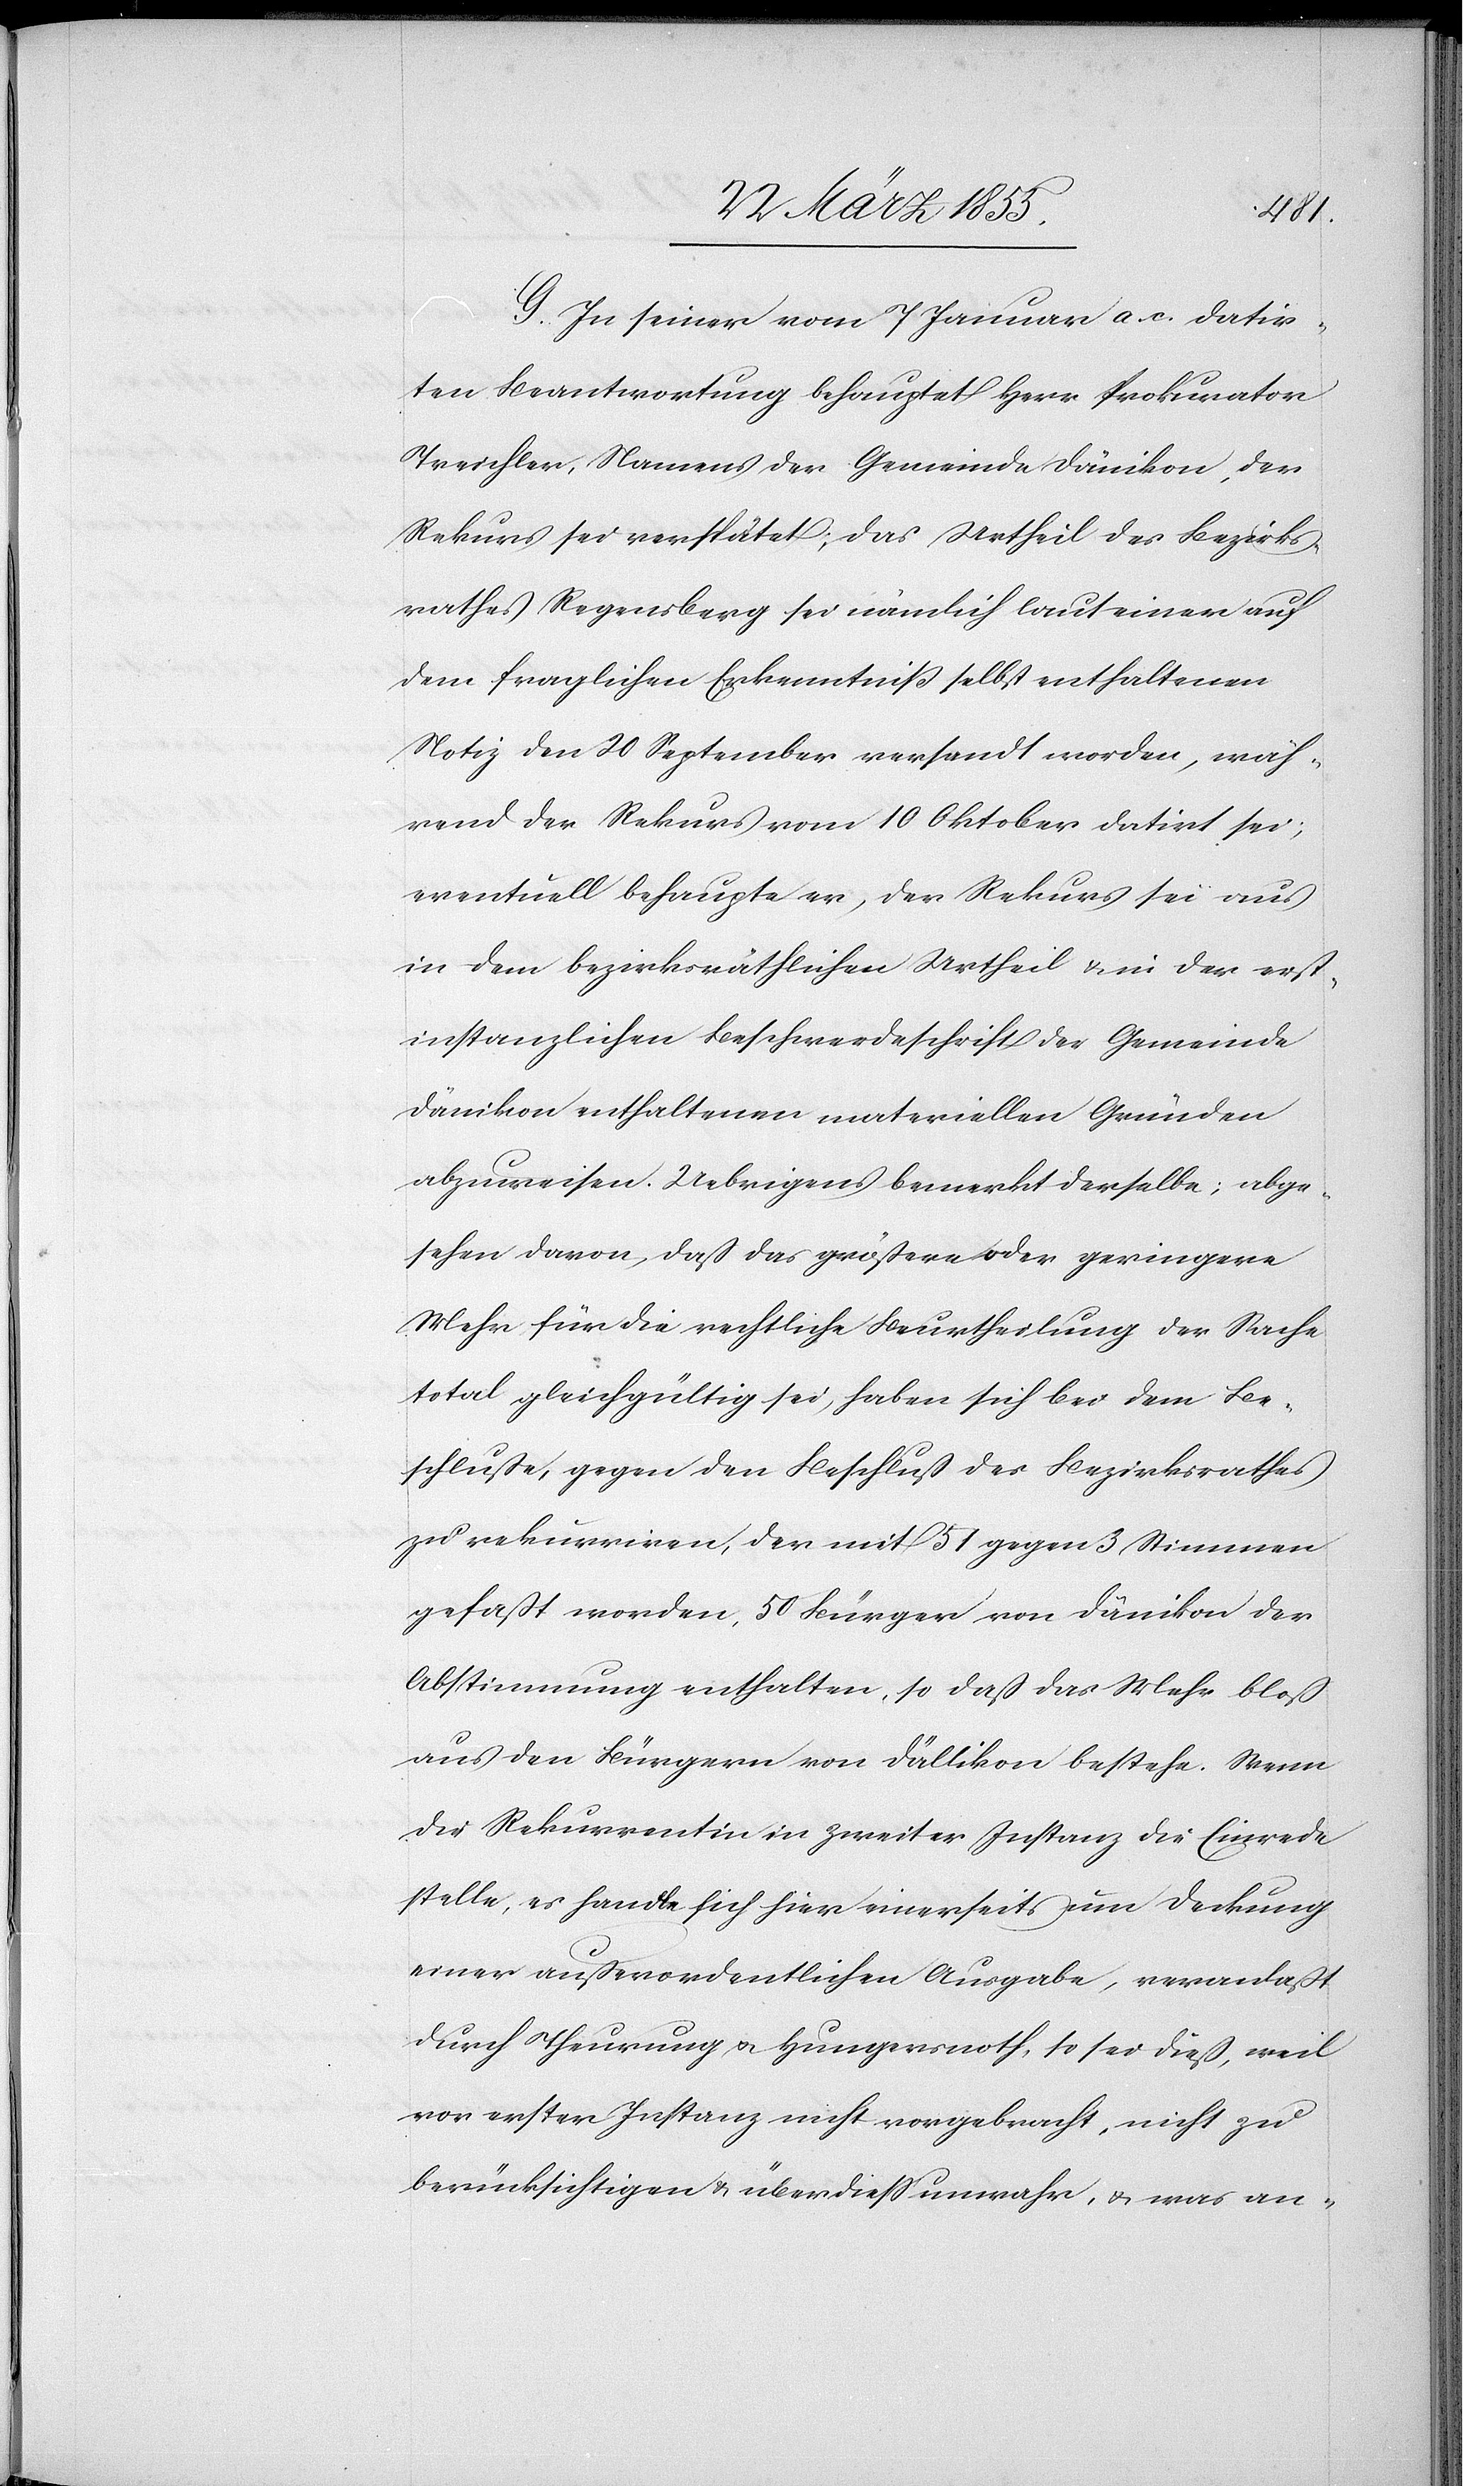
G. In seiner vom 7 Januar a. c. datir¬
ten Beantwortung behauptet Herr Prokurator
Treichler, Namens der Gemeinde Dänikon, der
Rekurs sei verspätet; das Urtheil des Bezirks¬
rathes Regensberg sei nämlich laut einer auf
dem fraglichen Erkenntniß selbst enthaltenen
Notiz den 20 September versandt worden, wäh¬
rend der Rekurs vom 10 Oktober datirt sei;
eventuell behaupte er, der Rekurs sei aus
in dem bezirksräthlichen Urtheil & in der erst¬
instanzlichen Beschwerdeschrift der Gemeinde
Dänikon enthaltenen materiellen Gründen
abzuweisen. Uebrigens bemerkt derselbe; abge¬
sehen davon, daß das größere oder geringere
Mehr für die rechtliche Beurtheilung der Sache
total gleichgültig sei, haben sich bei dem Be¬
schluße, gegen den Beschluß des Bezirksrathes
zu rekurriren, der mit 51 gegen 3 Stimmen
gefast worden, 50 Bürger von Dänikon der
Abstimmung enthalten, so daß das Mehr bloß
aus den Bürgern von Dällikon bestehe. Wenn
die Rekurrentin in zweiter Instanz die Einrede
stelle, es handle sich hier einerseits um Deckung
einer außerordentlichen Ausgabe, veranlaßt
durch Theurung & Hungersnoth, so sei dieß, weil
vor erster Instanz nicht vorgebracht, nicht zu
berücksichtigen & überdiess unwahr, & was an-